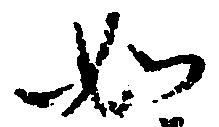
如